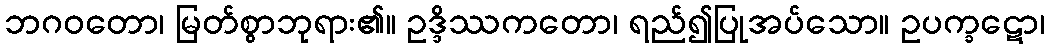
ဘဂဝတော၊ မြတ်စွာဘုရား၏။ ဥဒ္ဒိဿကတော၊ ရည်၍ပြုအပ်သော။ ဥပက္ခဋော၊